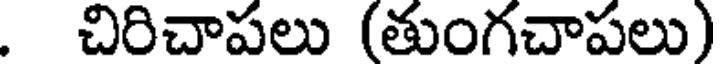
. చిరిచాపలు (తుంగచాపలు)